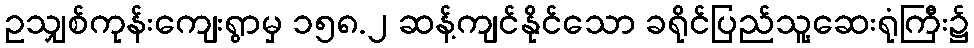
ဥသျှစ်ကုန်းကျေးရွာမှ ၁၅၈.၂ ဆန့်ကျင်နိုင်သော ခရိုင်ပြည်သူ့ဆေးရုံကြီး၌